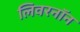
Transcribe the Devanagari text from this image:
लिवरनॉन